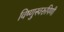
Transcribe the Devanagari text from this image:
विष्णुस्वरूपिणी